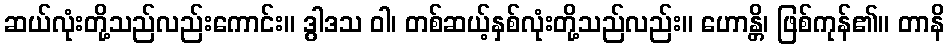
ဆယ်လုံးတို့သည်လည်းကောင်း။ ဒွါဒသ ဝါ၊ တစ်ဆယ့်နှစ်လုံးတို့သည်လည်း။ ဟောန္တိ၊ ဖြစ်ကုန်၏။ တာနိ